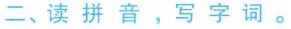
二、读拼音，写字词。